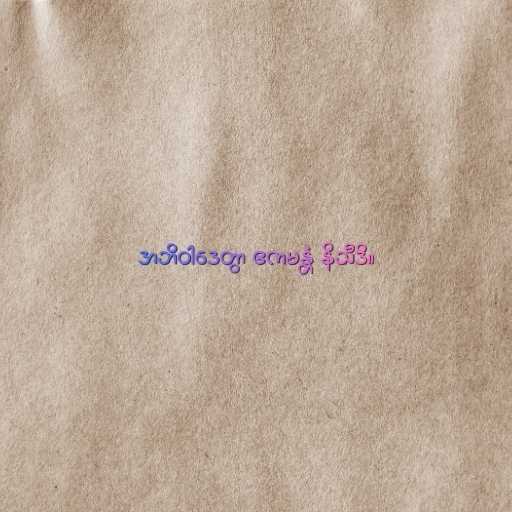
အဘိဝါဒေတွာ ဧကမန္တံ နိသီဒိ။